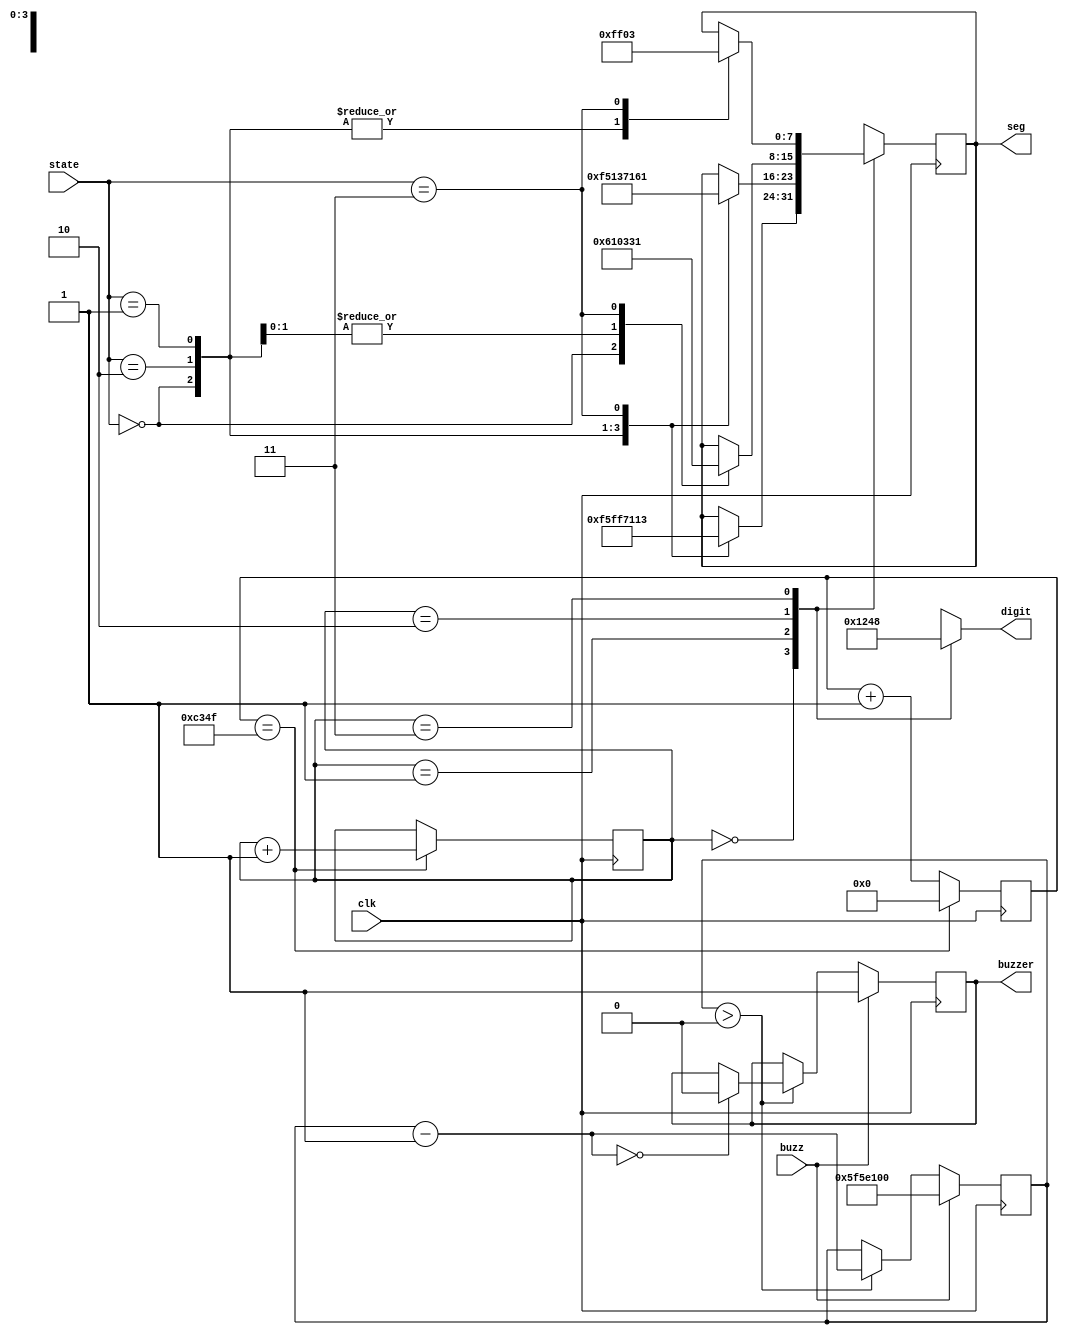
`timescale 1ns / 1ps
//////////////////////////////////////////////////////////////////////////////////
// Company: 
// Engineer: 
// 
// Design Name: 
// Module Name:    sevenseg 
// Project Name: 
// Target Devices: 
// Tool versions: 
// Description: 
//
// Dependencies: 
//
// Revision: 
// Revision 0.01 - File Created
// Additional Comments: 
//
//////////////////////////////////////////////////////////////////////////////////
`timescale 1ns / 1ps

module segment(
    input clk,
  //  input reset_button,
 // input [7:0] bcd,
input [2:0] state,

input buzz,



	 
	 output reg buzzer,
    output reg [7:0] seg,       // segment pattern 0-9
    output reg [3:0] digit      // digit select signals
    );// Parameters for segment patterns
    parameter E  = 8'b01100001;
    parameter r  = 8'b11110101;
    parameter O = 8'b00000011;
    parameter P= 8'b00110001;
    parameter F  = 8'b01110001;
    parameter n =8'b00010011;
	 parameter letter = 8'b11111111;
	 // To select each digit in turn
	 reg [27:0] temp;
    reg [1:0] digit_select;     // 2 bit counter for selecting each of 4 digits
    reg [16:0] digit_timer;     // counter for digit refresh
    
    // Logic for controlling digit select and digit timer
    always @(posedge clk ) begin
		    if(digit_timer == 49_999) begin         // The period of 50MHz clock is 20ns (1/(50*1,000,000) seconds)
                digit_timer <= 0;                   // 20ns x 50,000 = 1ms
                digit_select <=  digit_select + 1;
            end
            else
                digit_timer <=  digit_timer + 1;
    end
    
    // Logic for driving the 4 bit anode output based on digit select
    always @(digit_select) begin
	   case(digit_select) 
            2'b00 : digit = 4'b0001;   // Turn on ones digit
            2'b01 : digit = 4'b0010;   // Turn on tens digit
            2'b10 : digit = 4'b0100;   // Turn on hundreds digit
            2'b11 : digit = 4'b1000;   // Turn on thousands digit
        endcase
    end
	   // Logic for driving segments based on which digit is selected and the value of each digit
    always @(posedge clk) begin
	 if(buzz==1) begin
	 buzzer =1'b1;
	 temp = 100000000;
	 end

	 else if(temp>0)
	begin
	  temp = temp - 1;
	  if(temp == 0)
	    buzzer =1'b0;
	end
	
		
		 
        case(digit_select)
            2'b00 : begin       // ONES DIGIT
				case(state)
//			             3'b000 :  seg = letter;
//							 3'b001  : seg= r;
//							 3'b010 :  seg = F;
//							 3'b011  : seg= n;  //*/
//							3'b100 : seg = letter; 
							3'b000: seg = r;
							3'b010: seg = letter;
							3'b001: seg = F;
							3'b011: seg = n;
                        endcase
				end
				
	
									 
                    
                    
            2'b01 : begin       // TENS DIGIT
				
			
                  case(state)
//			             3'b000 :  seg = n;
//							 3'b001  : seg= r;
//							 3'b010 :  seg = F;
//							 3'b011  : seg= E;  //*/
//							3'b100 : seg = letter; // seg <= letter;
							3'b000: seg = r;
							3'b010: seg = n;
							3'b001: seg = F;
							3'b011: seg = E;
                        endcase

  
									 
									 
                    end
           2'b10 : begin       // HUNDREDS DIGIT
			  
			   case(state)
				3'b000: seg = E;
				3'b010: seg = O;
				3'b001: seg = O;
				3'b011: seg = P;
//			             3'b000 :  seg = O;
//							 3'b001  : seg= E;
//							 3'b010 :  seg = O;
//							 3'b011  : seg= P;  //*/
//							3'b100 : seg = letter; // seg <= letter; 
                        endcase
 		
									
                    end
									  
                    
                    
             2'b11 : begin       // MINUTES ONES DIGIT
 			         case(state)
						3'b000: seg = letter;
						3'b010: seg = letter;
						3'b001: seg = letter;
						3'b011: seg = O;
//			             3'b000 :  seg = letter;
//							 3'b001  : seg= letter;
//							 3'b010 :  seg = letter;
//							 3'b011  : seg= O;  //*/
//							3'b100 : seg = letter; // seg <= letter; 
                        endcase 

				
				end
				
        endcase
               end             
									  
      
endmodule